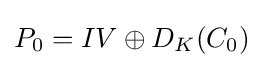
P_{0}=IV\oplus D_{K}(C_{0})